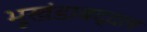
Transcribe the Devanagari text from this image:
भूखंडाबद्दल